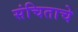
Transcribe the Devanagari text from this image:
संचिताचे